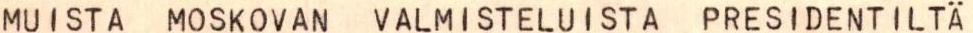
MUISTA MOSKOVAN VALMISTELUISTA PRESIDENTILTÄ